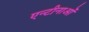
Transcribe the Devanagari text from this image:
एन्टीनाओं